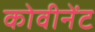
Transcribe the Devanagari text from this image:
कोवीनेंट